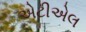
એટીએલ